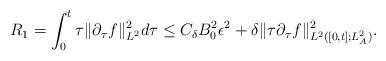
LaTeX: \begin{align*}R_1=\int^t_0\tau\|\partial_\tau f\|_{L^2}^2d\tau \le C_\delta B_0^2\epsilon^2+\delta \|\tau\partial_\tau f\|^2_{L^2([0,t];L^2_A)}.\end{align*}